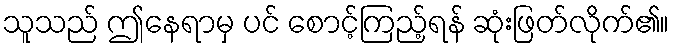
သူသည် ဤနေရာမှ ပင် စောင့်ကြည့်ရန် ဆုံးဖြတ်လိုက်၏။